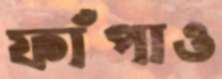
ফাঁপাও